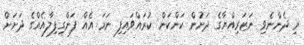
މި ދެންނެވި ނަޒަރިއްޔާގެ ދަށުން ކަންކަން ކުރައްވައިފި ނަމަ އެއް ފަންގިފިލާއެއްގެ ދަށަށް